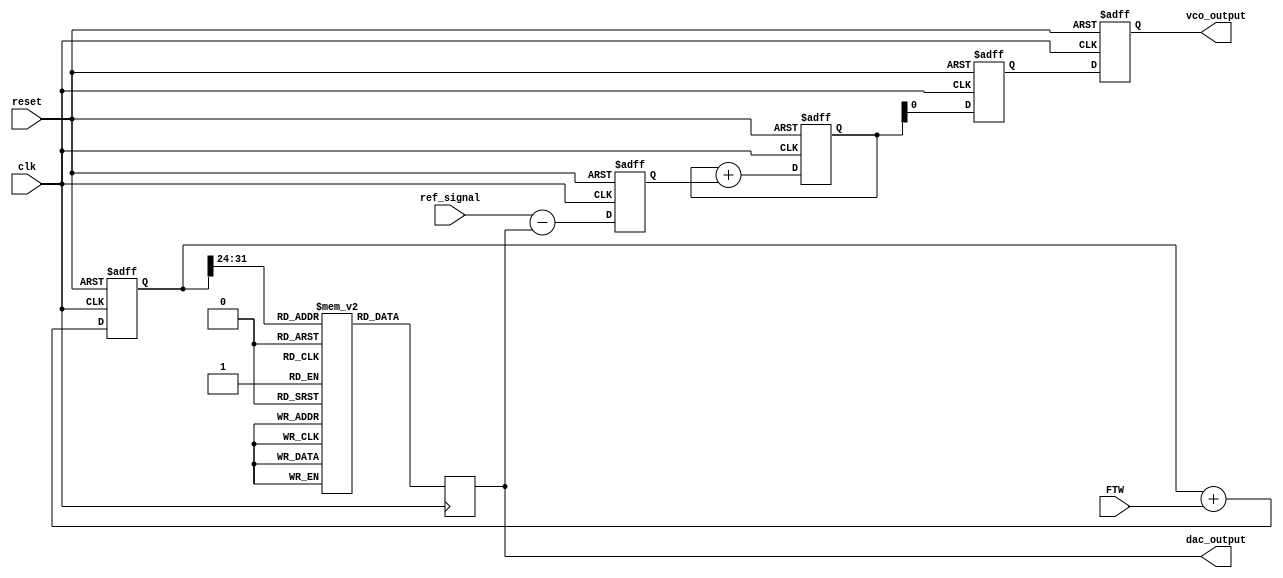
module DDS_PLL (
    input wire clk,              // System clock
    input wire reset,            // Reset signal
    input wire [31:0] FTW,       // Frequency Tuning Word
    input wire ref_signal,        // Reference signal for PLL
    output reg [11:0] dac_output, // DAC output
    output reg vco_output        // VCO output
);

// Parameters
parameter PHASE_WIDTH = 32;    // Width of the phase accumulator
parameter ROM_SIZE = 256;       // Size of the ROM for amplitude values

// Phase Accumulator
reg [PHASE_WIDTH-1:0] phase_accumulator;

// ROM for Phase-to-Amplitude Conversion (Sine Wave Example)
reg [11:0] amplitude_rom [0:ROM_SIZE-1];

// PLL Components
reg [11:0] phase_error;         // Phase error signal
reg [11:0] loop_filter;          // Loop filter output
reg vco_control;                 // Control signal for VCO

// Initialize ROM with sine wave values
initial begin
    // Populate the ROM with precomputed sine values (example values)
    // This should be filled with actual sine values for a proper waveform
    amplitude_rom[0] = 12'd2048;  // Example value for 0 degrees
    amplitude_rom[1] = 12'd2048;  // Fill with actual sine values
    // ...
    amplitude_rom[255] = 12'd2048; // Example value for 360 degrees
end

// Phase Accumulator Logic
always @(posedge clk or posedge reset) begin
    if (reset) begin
        phase_accumulator <= 0;
    end else begin
        phase_accumulator <= phase_accumulator + FTW;
    end
end

// Amplitude Lookup Logic
always @(posedge clk) begin
    dac_output <= amplitude_rom[phase_accumulator[PHASE_WIDTH-1:PHASE_WIDTH-8]]; // Use lower bits for ROM address
end

// PLL Logic (Simplified)
always @(posedge clk or posedge reset) begin
    if (reset) begin
        phase_error <= 0;
        loop_filter <= 0;
        vco_control <= 0;
        vco_output <= 0;
    end else begin
        // Phase Detector (simplified)
        phase_error <= ref_signal - dac_output; // Example phase error calculation

        // Loop Filter (simple proportional control)
        loop_filter <= loop_filter + phase_error;

        // VCO Control Logic
        vco_control <= loop_filter; // Adjust VCO based on loop filter output
        vco_output <= vco_control;   // Example output for VCO
    end
end

endmodule